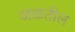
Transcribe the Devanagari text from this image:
जळतील